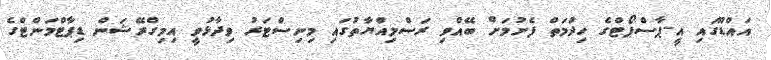
އައްޑޫގައި އީ-ޕާސްޕޯޓްގެ ހިދުމަތް ފެށުމަށް ބޭއްވި ރަސްމިއްޔާތުގައި މިނިސްޓަރު ވިދާޅުވީ އިމިގްރޭޝަން ޑިޕާޓްމަންޓްގެ